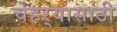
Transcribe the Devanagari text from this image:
चेहर्‍यासाठी